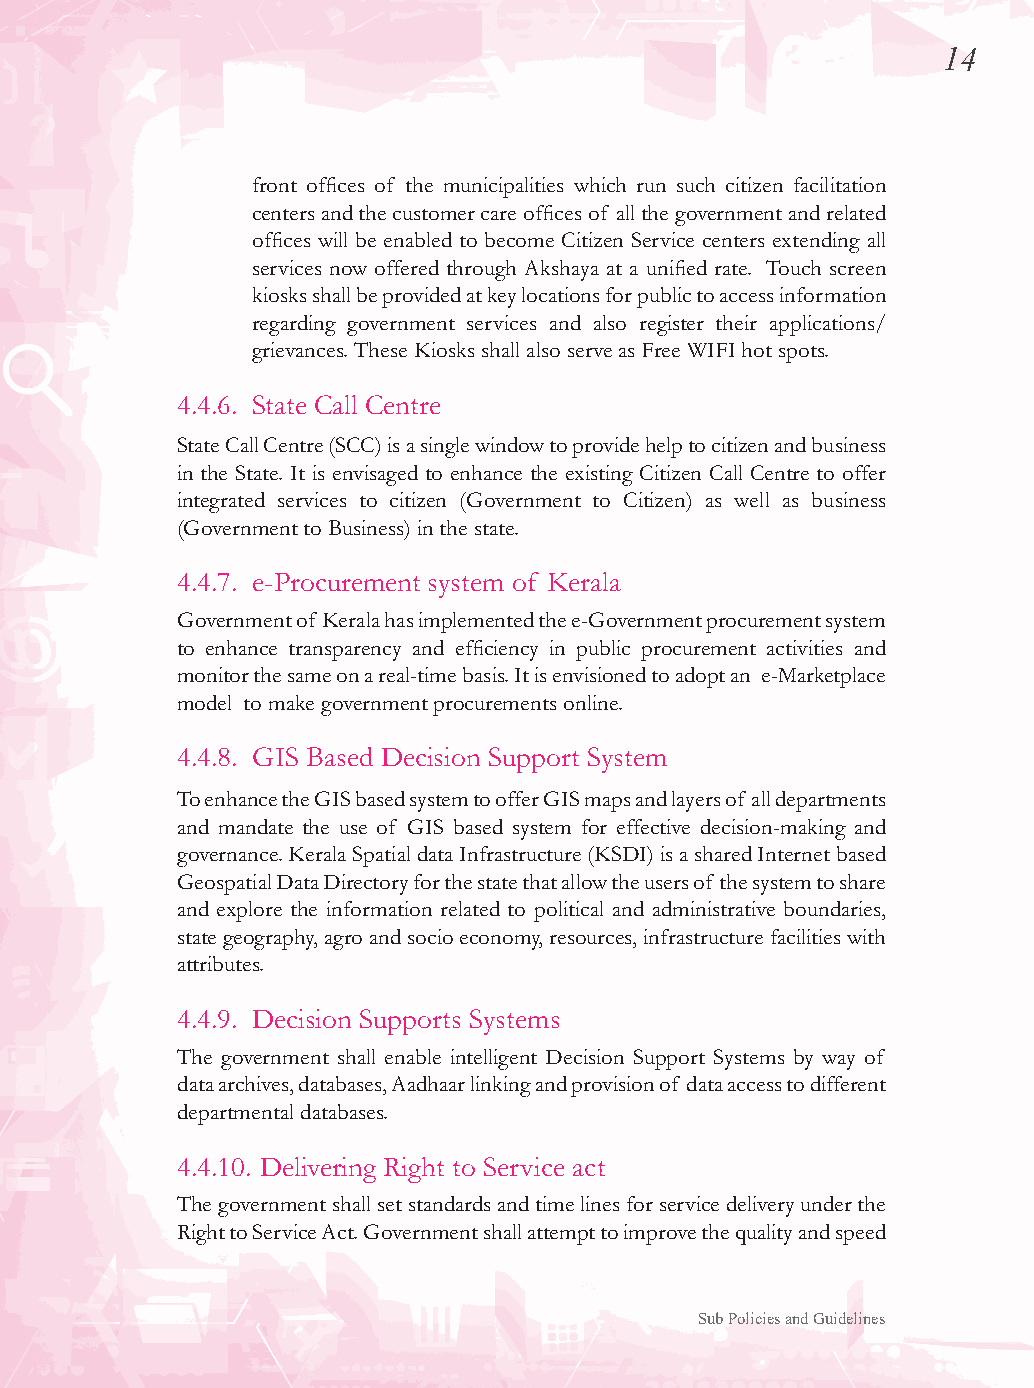
14
 front offices of the municipalities which run such citizen facilitation
 centers and the customer care offices of all the government and related
 offices will be enabled to become Citizen Service centers extending all
 services now offered through Akshaya at a unified rate. Touch screen
 kiosks shall be provided at key locations for public to access information
 regarding government services and also register their applications/
 grievances. These Kiosks shall also serve as Free WIFI hot spots.
 4.4.6. State Call Centre
 State Call Centre (SCC) is a single window to provide help to citizen and business
 in the State. It is envisaged to enhance the existing Citizen Call Centre to offer
 integrated services to citizen (Government to Citizen) as well as business
 (Government to Business) in the state.
 4.4.7. e-Procurement system of Kerala
 Government of Kerala has implemented the e-Government procurement system
 to enhance transparency and efficiency in public procurement activities and
 monitor the same on a real-time basis. It is envisioned to adopt an e-Marketplace
 model to make government procurements online.
 4.4.8. GIS Based Decision Support System
 To enhance the GIS based system to offer GIS maps and layers of all departments
 and mandate the use of GIS based system for effective decision-making and
 governance. Kerala Spatial data Infrastructure (KSDI) is a shared Internet based
 Geospatial Data Directory for the state that allow the users of the system to share
 and explore the information related to political and administrative boundaries,
 state geography, agro and socio economy, resources, infrastructure facilities with
 attributes.
 4.4.9. Decision Supports Systems
 The government shall enable intelligent Decision Support Systems by way of
 data archives, databases, Aadhaar linking and provision of data access to different
 departmental databases.
 4.4.10. Delivering Right to Service act
 The government shall set standards and time lines for service delivery under the
 Right to Service Act. Government shall attempt to improve the quality and speed
 Sub Policies and Guidelines